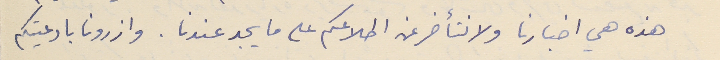
هذه هي اخبارنا ولا نتأخر عن اطلاعكم على ما يجد عندنا. وازرونا بادعيتكم